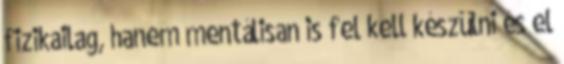
fizikailag, hanem mentálisan is fel kell készülni és el